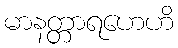
မာနတ္တာရဟေဟိ